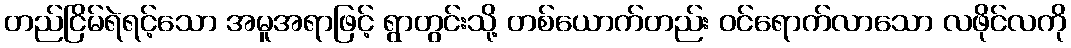
တည်ငြိမ်ရဲရင့်သော အမူအရာဖြင့် ရွာတွင်းသို့ တစ်ယောက်တည်း ဝင်ရောက်လာသော လဖိုင်လကို